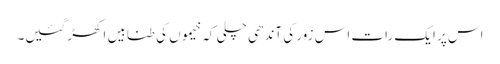
اس پر ایک رات اس زور کی آندھی چلی کہ خیموں کی طنابیں اکھڑ گئیں۔